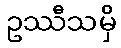
ဥဿီသမှိ